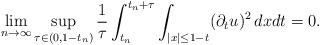
LaTeX: \begin{align*}\lim_{n\to\infty}\sup_{\tau\in(0,1-t_n)}\frac{1}{\tau}\int_{t_n}^{t_n+\tau}\int_{|x|\leq 1-t}(\partial_tu)^2\,dxdt=0.\end{align*}